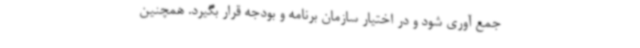
جمع آوری شود و در اختیار سازمان برنامه و بودجه قرار بگیرد. همچنین